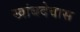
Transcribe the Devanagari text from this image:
खांबदेवास